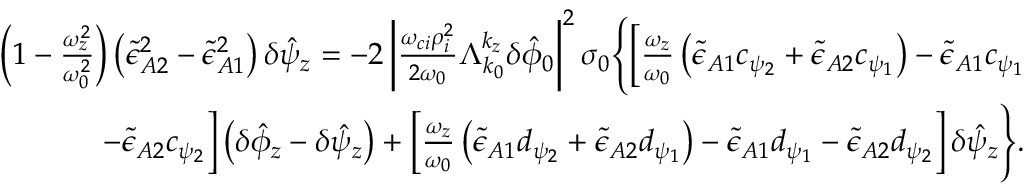
\begin{array} { r } { \left( 1 - \frac { \omega _ { z } ^ { 2 } } { \omega _ { 0 } ^ { 2 } } \right) \left( \tilde { \epsilon } _ { A 2 } ^ { 2 } - \tilde { \epsilon } _ { A 1 } ^ { 2 } \right) \delta \hat { \psi } _ { z } = - 2 \left| \frac { \omega _ { c i } \rho _ { i } ^ { 2 } } { 2 \omega _ { 0 } } \Lambda _ { k _ { 0 } } ^ { k _ { z } } \delta \hat { \phi } _ { 0 } \right| ^ { 2 } \sigma _ { 0 } \Bigg \{ \Big [ \frac { \omega _ { z } } { \omega _ { 0 } } \left( \tilde { \epsilon } _ { A 1 } c _ { \psi _ { 2 } } + \tilde { \epsilon } _ { A 2 } c _ { \psi _ { 1 } } \right) - \tilde { \epsilon } _ { A 1 } c _ { \psi _ { 1 } } } \\ { - \tilde { \epsilon } _ { A 2 } c _ { \psi _ { 2 } } \Big ] \left( \delta \hat { \phi } _ { z } - \delta \hat { \psi } _ { z } \right) + \left[ \frac { \omega _ { z } } { \omega _ { 0 } } \left( \tilde { \epsilon } _ { A 1 } d _ { \psi _ { 2 } } + \tilde { \epsilon } _ { A 2 } d _ { \psi _ { 1 } } \right) - \tilde { \epsilon } _ { A 1 } d _ { \psi _ { 1 } } - \tilde { \epsilon } _ { A 2 } d _ { \psi _ { 2 } } \right] \delta \hat { \psi } _ { z } \Bigg \} . } \end{array}